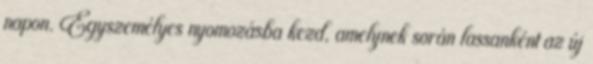
napon. Egyszemélyes nyomozásba kezd, amelynek során lassanként az új